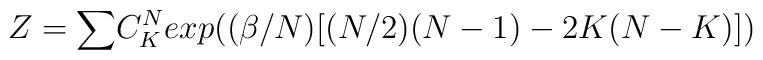
Z = {\large\sum} C^N_K exp{\large(}(\beta/N)[(N/2)(N-1)		    - 2 K(N-K)]{\large)}